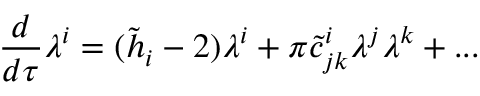
{ \frac { d } { d \tau } } \lambda ^ { i } = ( \tilde { h } _ { i } - 2 ) \lambda ^ { i } + \pi \tilde { c } _ { j k } ^ { i } \lambda ^ { j } \lambda ^ { k } + . . .